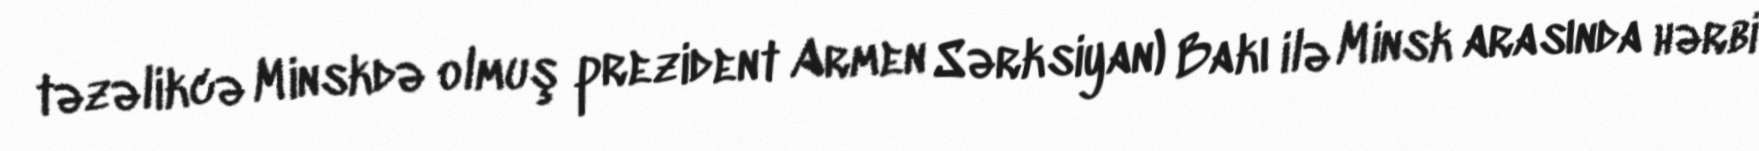
təzəlikcə Minskdə olmuş prezident Armen Sərksiyan) Bakı ilə Minsk arasında hərbi